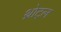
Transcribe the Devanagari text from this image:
थ्रोट्ल